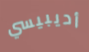
أديبيسي